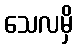
သေလမှိ